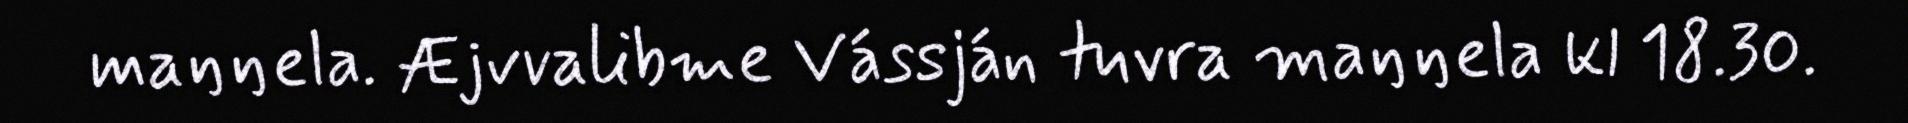
maŋŋela. Æjvvalibme Vássján tuvra maŋŋela kl 18.30.